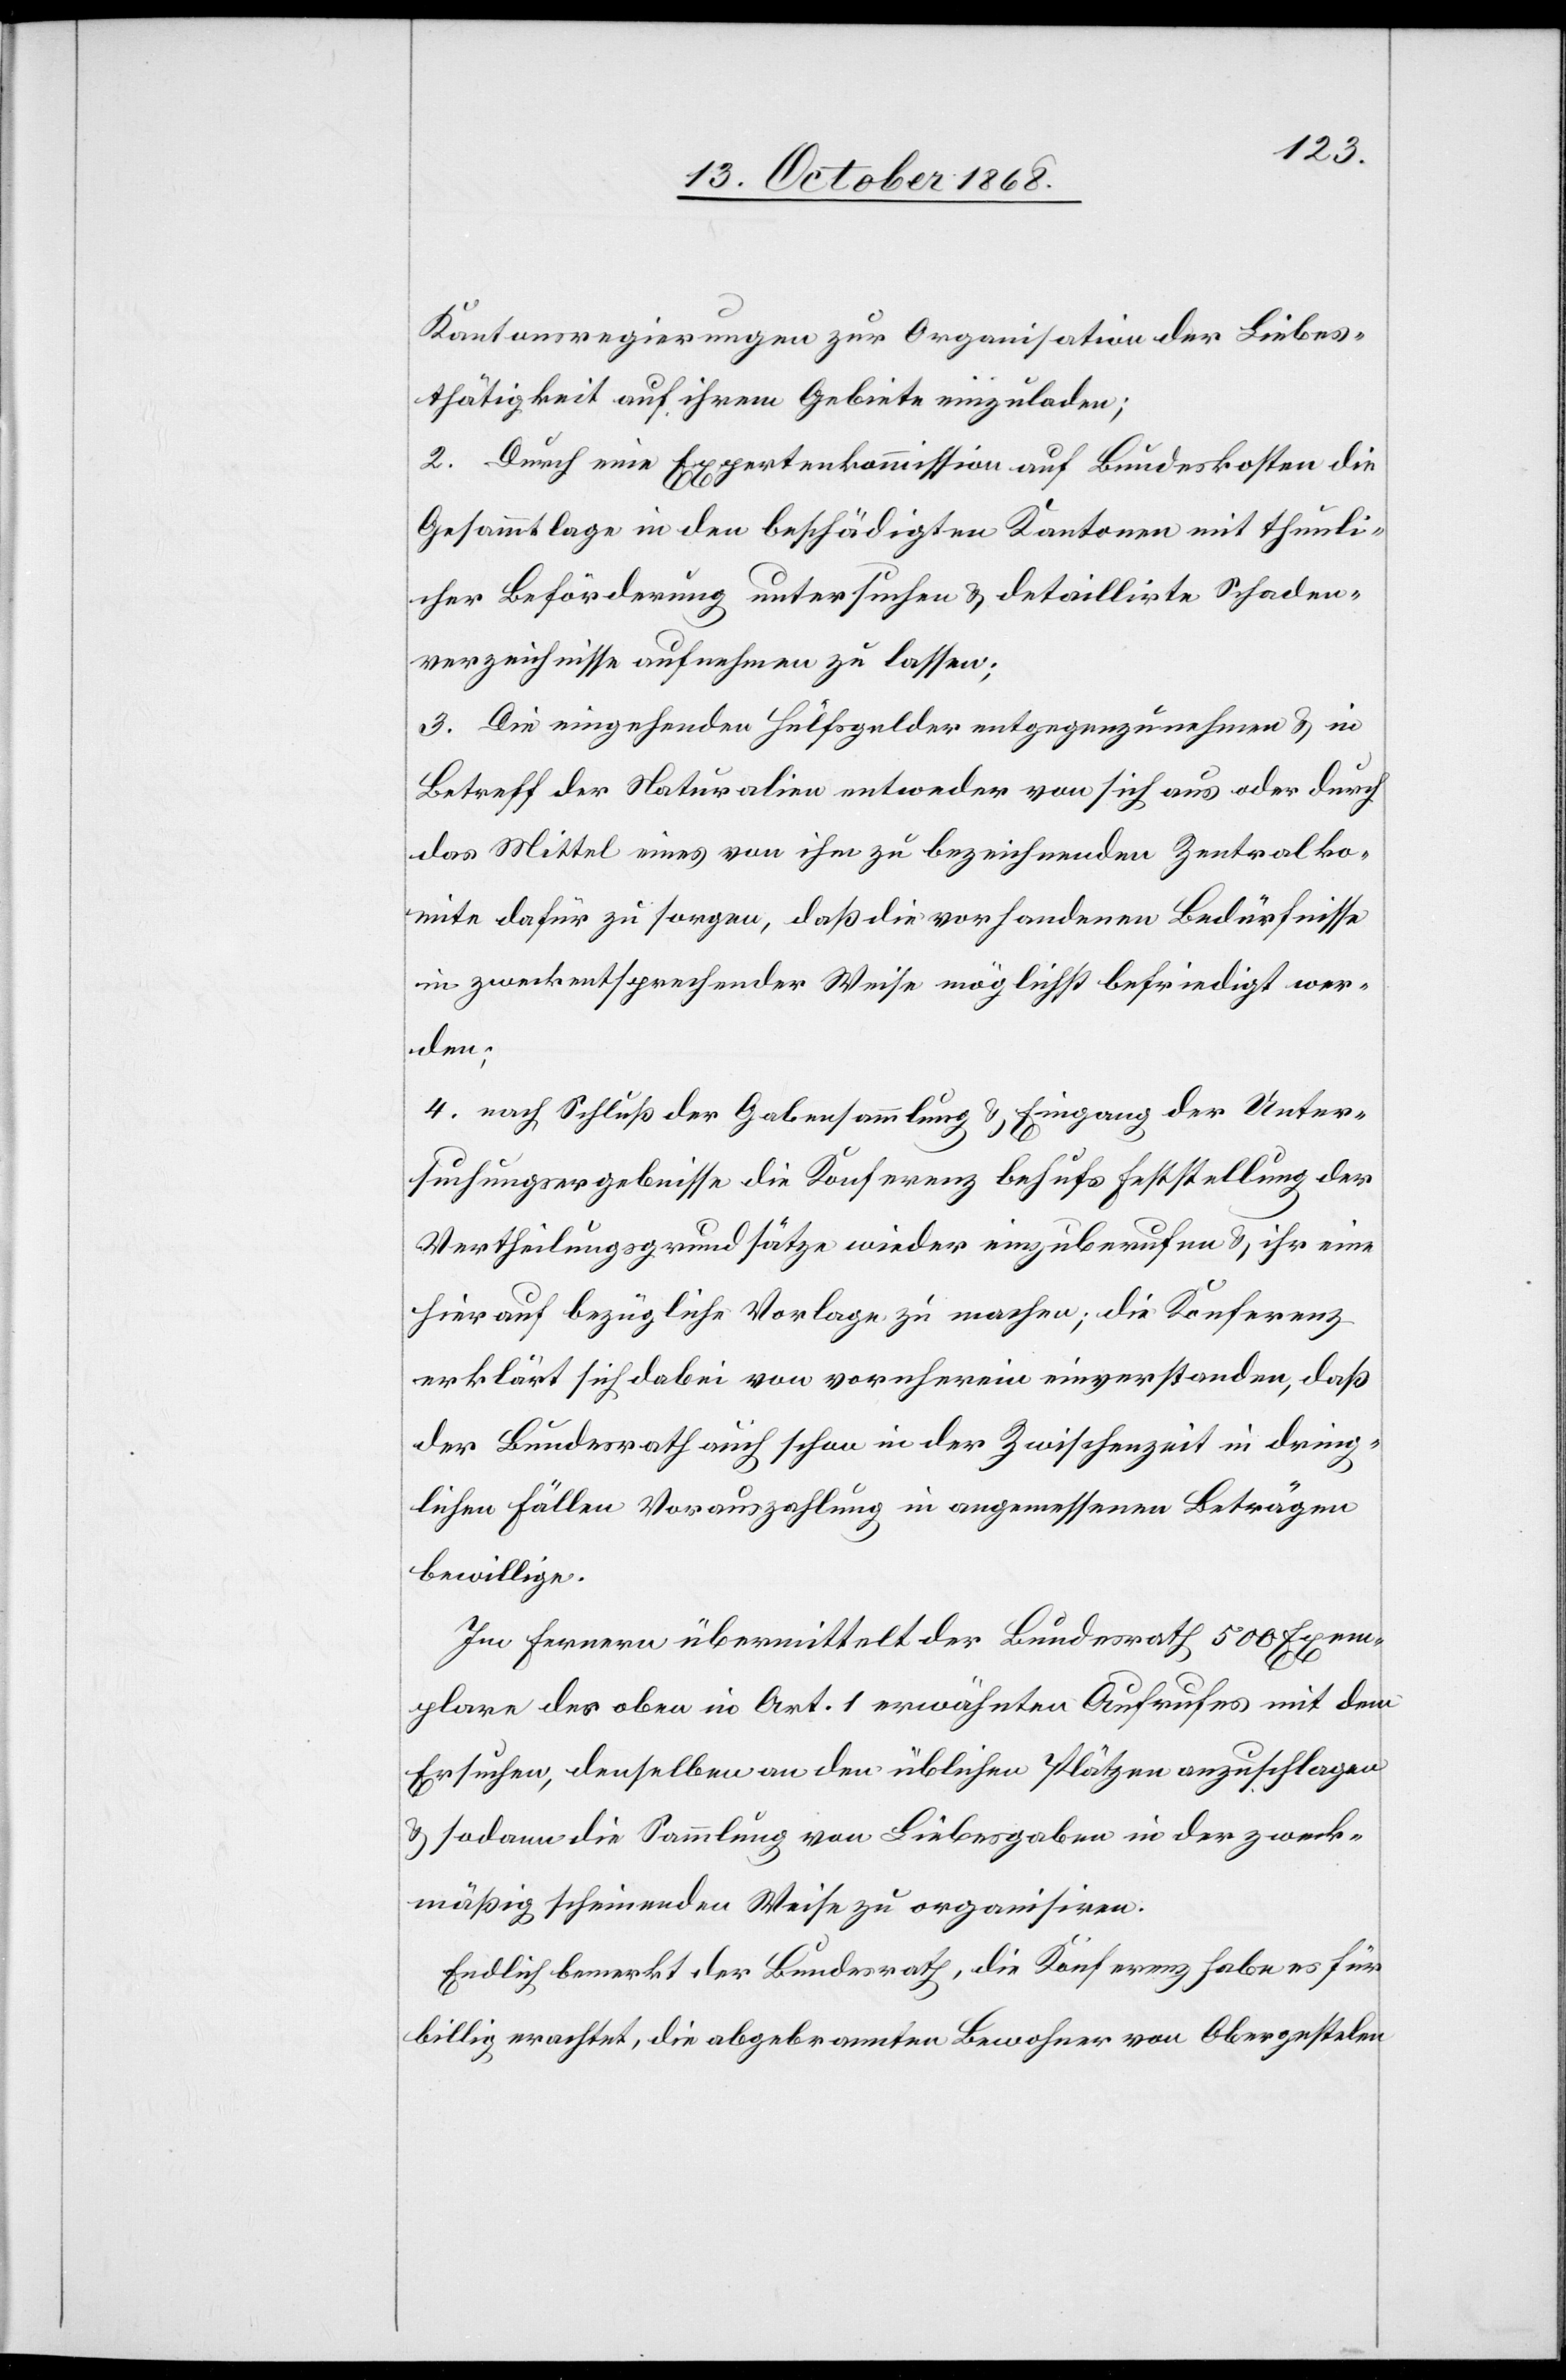
Kantonsregierungen zur Organisation der Liebes¬
thätigkeit auf ihrem Gebiete einzuladen;
2. Durch eine Expertenkommission auf Bundeskosten die
Gesammtlage in den beschädigten Kantonen mit thunli¬
cher Beförderung untersuchen & detaillirte Schaden¬
verzeichnisse aufnehmen zu lassen;
3. Die eingehenden Hülfsgelder entgegenzunehmen & in
Betreff der Naturalien entweder von sich aus oder durch
das Mittel eines von ihm zu bezeichnenden Zentralko¬
mite dafür zu sorgen, daß die vorhandenen Bedürfnisse
in zweckentsprechender Weise möglichst befriedigt wer¬
den;
4. nach Schluß der Gabensammlung & Eingang der Unter¬
suchungsergebnisse die Konferenz behufs Feststellung der
Vertheilungsgrundsätze wieder einzuberufen & ihr eine
hierauf bezügliche Vorlage zu machen; die Konferenz
erklärt sich dabei von vornherein einverstanden, daß
der Bundesrath auch schon in der Zwischenzeit in dring¬
lichen Fällen Vorauszahlung in angemessenen Beträgen
bewillige.
Im Fernern übermittelt der Bundesrath 500 Exem¬
plare des oben in Art. 1 erwähnten Aufrufes mit dem
Ersuchen, denselben an den üblichen Plätzen anzuschlagen
& sodann die Sammlung von Liebesgaben in der zweck¬
mäßig scheinenden Weise zu organisiren.
Endlich bemerkt der Bundesrath, die Konferenz habe es für
billig erachtet, die abgebrannten Bewohner von Obergestelen